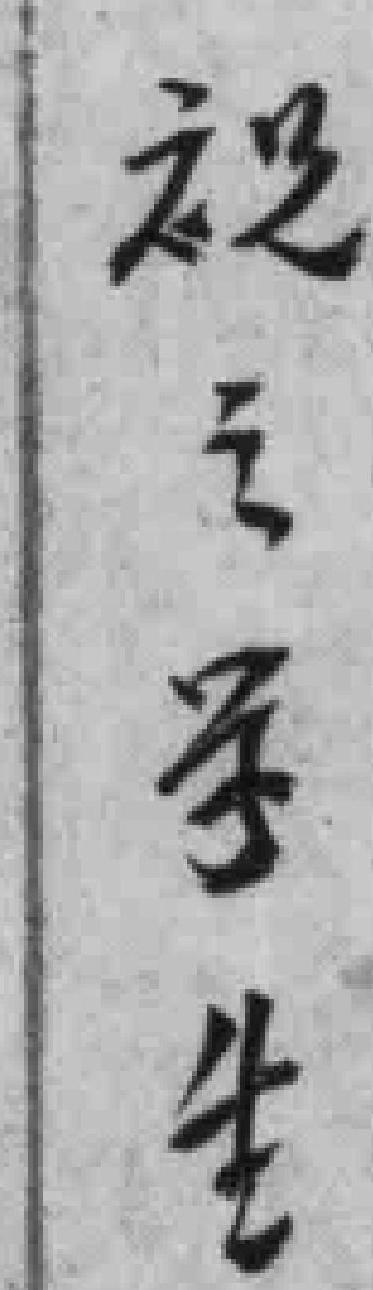
祝之学生